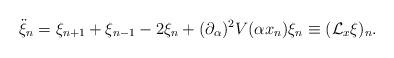
LaTeX: \begin{align*} \ddot \xi_n = \xi_{n+1} + \xi_{n-1} - 2 \xi_n + (\partial_\alpha)^2 V(\alpha x_n)\xi_n \equiv (\mathcal{L}_{x} \xi)_n.\end{align*}